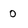
Character: 0